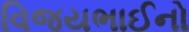
વિજયભાઈનો